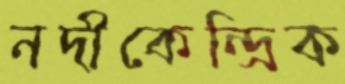
নদীকেন্দ্রিক